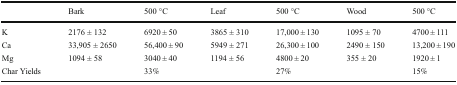
<table><thead><tr><td></td><td><b>Bark</b></td><td><b>500 °C</b></td><td><b>Leaf</b></td><td><b>500 °C</b></td><td><b>Wood</b></td><td><b>500 °C</b></td></tr></thead><tbody><tr><td>K</td><td>2176 ± 132</td><td>6920 ± 50</td><td>3865 ± 310</td><td>17,000 ± 130</td><td>1095 ± 70</td><td>4700 ± 111</td></tr><tr><td>Ca</td><td>33,905 ± 2650</td><td>56,400 ± 90</td><td>5949 ± 271</td><td>26,300 ± 100</td><td>2490 ± 150</td><td>13,200 ± 190</td></tr><tr><td>Mg</td><td>1094 ± 58</td><td>3040 ± 40</td><td>1194 ± 56</td><td>4800 ± 20</td><td>355 ± 20</td><td>1920 ± 1</td></tr><tr><td>Char Yields</td><td></td><td>33%</td><td></td><td>27%</td><td></td><td>15%</td></tr></tbody></table>